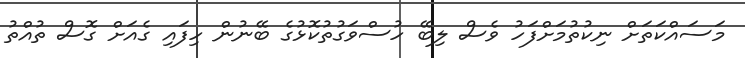
މަސައްކަތަށް ނިކުތުމަށްފަހު ވެސް ލިބޭ ހުސްވަގުތުކޮޅުގެ ބޭނުން ހިފައި ގެއަށް ގޮސް ތުއްތު